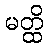
မတ္ထိ